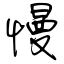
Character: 慢